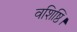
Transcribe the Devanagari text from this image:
वशिष्ठि।